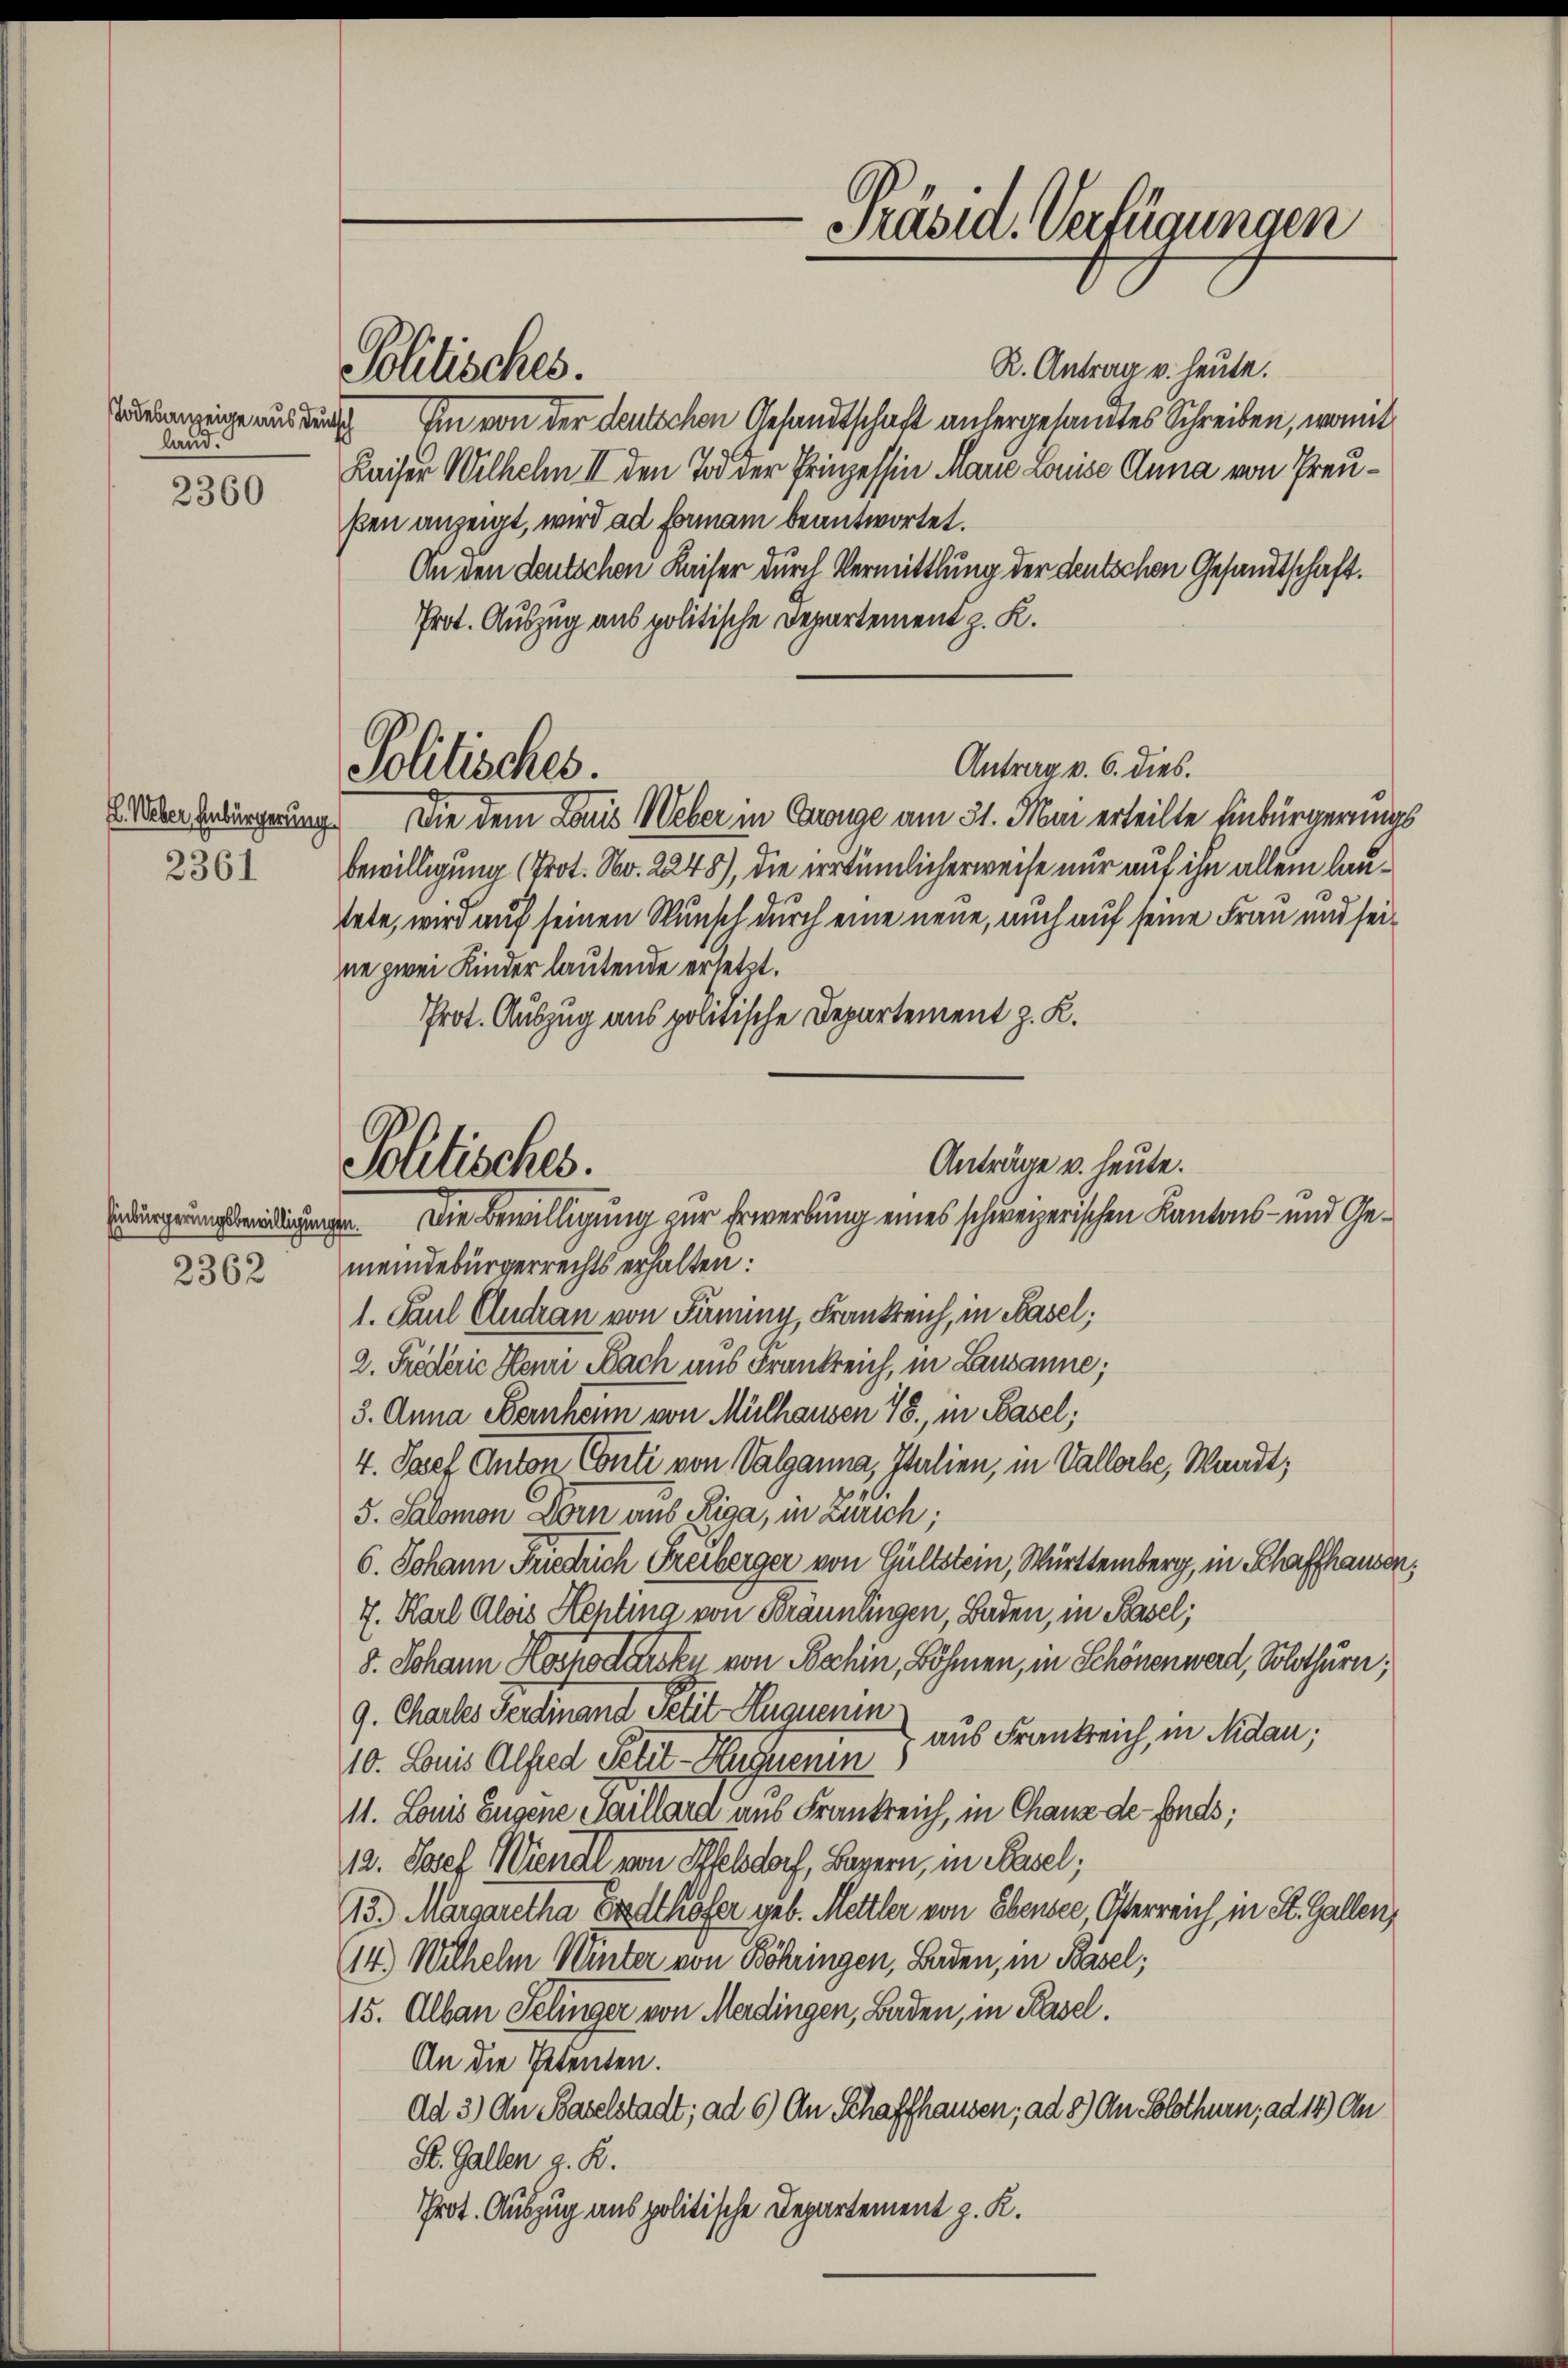
Todesanzeige aus deutsch
land.

2360

2361

Einbürgerungsbewilligungen.
2362

Pollisches.

Politisches.

Anträge u. heute.
Politisches.
Die Bewilligung zur Erwerbung eines schweizerischen Kantons- und Ge¬

Präsid. Verfügungen

R. Antrag v. heute.
Im von der deutschen Gesandtschaft anhergesamtes Schreiben, womit
Kaiser Wilhelm III den Tod der Prinzessin Marie Louise Anna von Preußen anzeigt, wird ad formann beantwortet.
An den Leutschen Kaiser durch Vermittlung der deutschen Gesandtschaft.
Prot. Auszug aus politische Departement z. K.
Antrag v. 6. dies.
2. Weber bebürgerung. Die dem Louis Weber in Gronge am 31. Mai erteilte Einbürgerungs
bewilligung (Prot. No. 2248), die vertümlicherweise nur auf ihn allein lautete, wird auf seinen Wunsch durch eine neue, auch auf seine Frau und seine zwei Kinder lautende ersetzt.
Prot. Auszug aus politische Departement z. K.
meindebürgerrechts erhalten:
1. Paul Andran von Seming, Frankreich, in Basel;
2. Frödlerie Henri Nach aus Frankreich, in Lausanne;
3. Anna Bernher von Mülhausen 78, in Basel;
4. Josef Anton Conti von Valanna, Italien, in Vallerle, Waadt,
5. Salomon Dorn aus Riga, in Zürich;
6. Johann Friedrich Freiberger von Gültstein, Württemberg, in Schaffhausen,
7. Karl Alois Henting von Bräunlingen, Baden, in Basel;
8. Johann Hochoben von Tschin, Böhmen, in Schönen werd, Solothurn,
9. Chares Ferdinand Petit Auguenin
10. Louis Alfred Petit-Hartnerin aus Frankreich, in Nidau,
11. Louis Eugene Saillara aus Frankreich, in Chaus de fonds;
12. Josef Wiendl von Affelsdorf, Bayern, in Basel;
13. Margaretha Erdthöfer geb. Mettler von Ebensee, Osterreich in St. Gallen,
14.) Wilhelm Winter von Böhringen, Baden, in Basel;
15. Alban Selinger von Merdingen, Baden, in Basel.
An die Petenten.
Ad 3) An Baselstadt; ad 6) An Schaffhausen, ad 8) An Solothurn, ad 14) An
St. Gallen z. R.
Prot. Auszug aus politische Departement z. K.

2